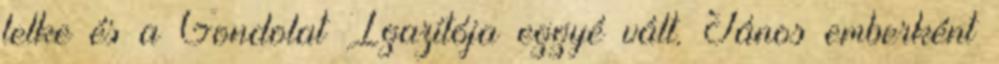
lelke és a Gondolat Igazítója eggyé vált. János emberként